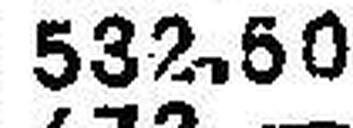
532.50